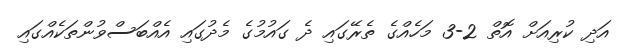
އަދި ކުރިއަށް އޮތް 2-3 މަހެއްގެ ތެރޭގައި ދެ ގައުމުގެ މެދުގައި އެއްބަސްވުންތަކެއްގައި